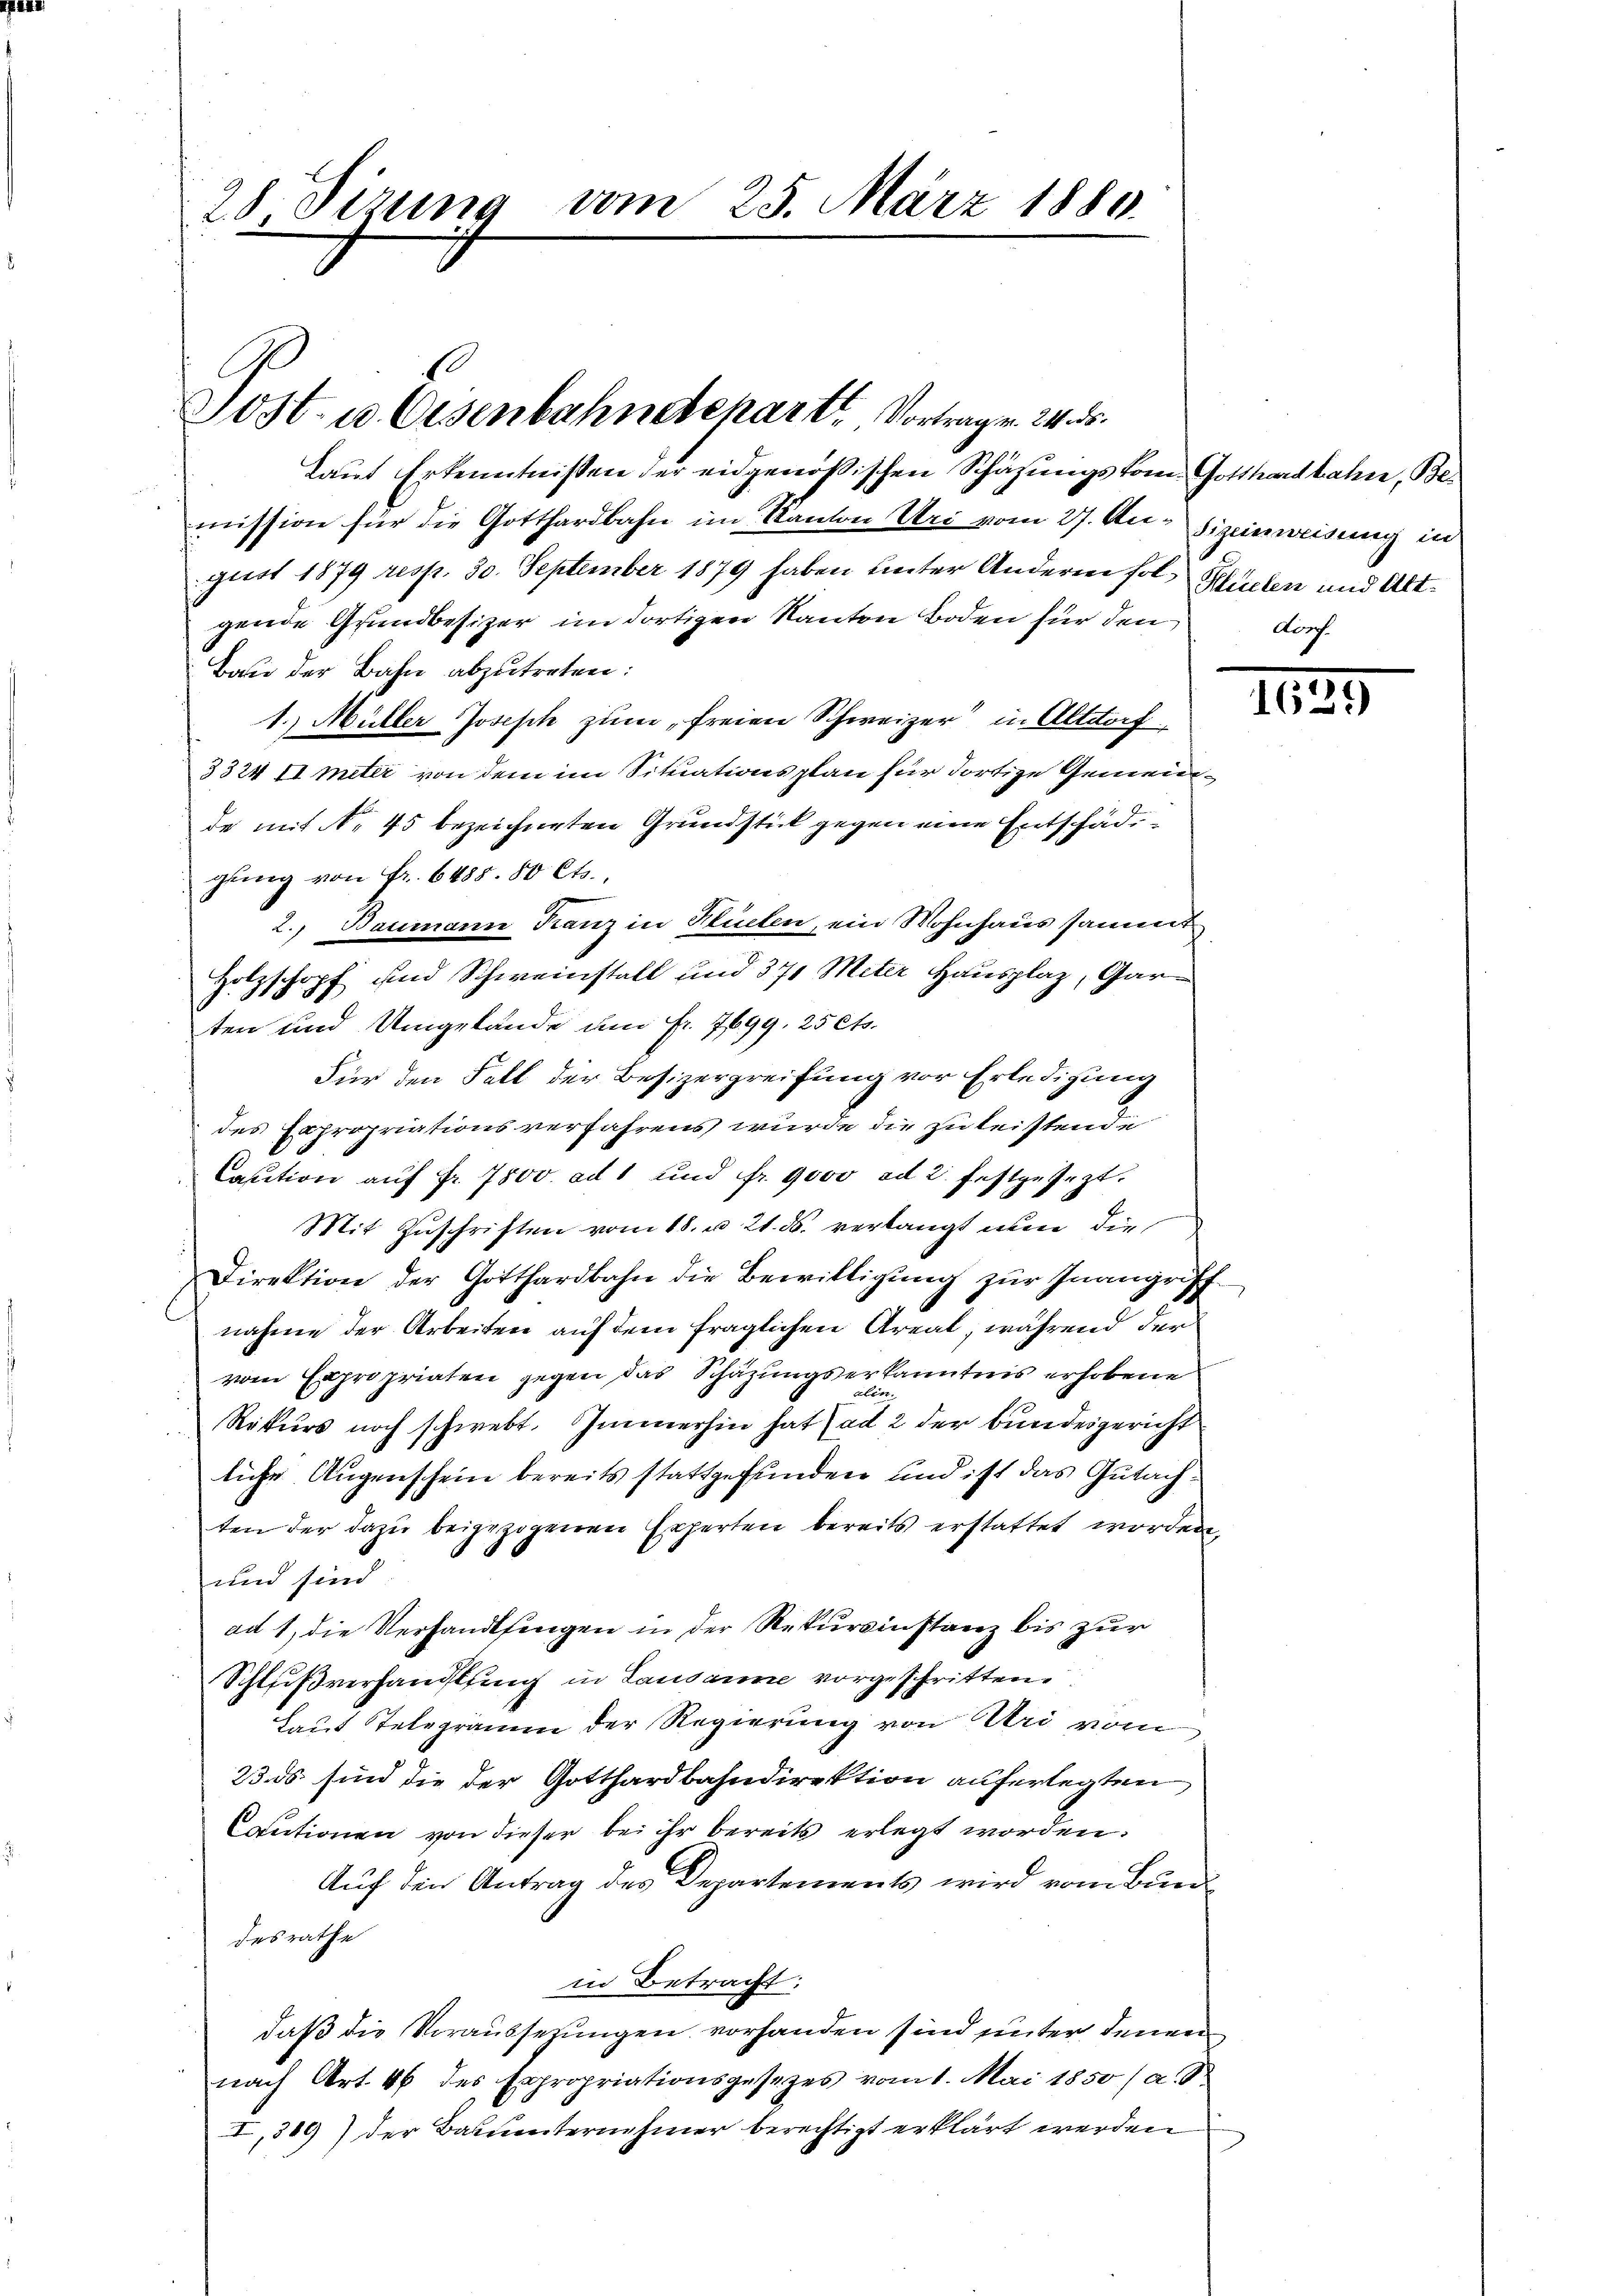
28 Sizung vom 25. März 1880.

Post- u. Eisenbahndchart. Vortrag v. 24. ds.
Laut Erkenntnißen der eidgenößischen Schätzungskom- Gotthardbahne, Be¬

mission für die Gotthardbahn im Kanton Uri vom 27. Au- Sizeinweisung in
gust 1879 resp. 30. September 1879 haben unter Anderen folgende Grundbesizer im dortigen Kanton Boden für den doch
Bau der Bahn abzutreten:
1. Müller Joseph zum freien Schweizer in Altdorf
3324 II meter von dem im Situationsplan für dortige Gemeinde mit No 45 bezeichneten Grundstück gegen eine Entschädgung von Fr. 6488. 80 Cts.,
2. Baumann Kanz in Hueten, ein Wohnhaus sammt
Holzschopf und Schweinstall und 371 Miter Hausplaz, Gar
ten und Umgelände um Fr. 7699, 25 Cts.
Für den Fall der Besizergreifung vor Erledigung
des Expropriationsverfahrens wurde die zu leistende
Caution auf Fr. 7500. ad 1 und fr. 9000 ad 2. festgesezt.
Mit Zŭschriften vom 18. u. 21. ds. verlangt nun die
Direktion der Gotthardbahn die Bewilligŭng zŭr Inangriff-
nahme der Arbeiten auf dem fraglichen Areal, während der
vom Expropriaten gegen das Schäzungserkanntnis erhobene
B
Rekurs noch schwebt. Immerhin hat) ad 2 der Bundesgericht
liche Augenschein bereits stattgefunden und ist das Gutachten der dazu beigezogenen Experten bereits erstattet worden,
und sind
ad 1, die Versandtsingen in der Rekursinstanz bis zur
Schlußverhandlung in Lausanne vorgeschritten.
Laut Telegramm der Regierung von Uri vom
23. ds sind die der Gotthardbahndirektion auferlegten,
Cautionen von dieser bei ihr bereits erlegt worden.
Auf den Antrag des Departements wird vom Bundesrathe
in Betracht:
daß die Voraussezungen vorhanden sind unter denen
nach Art. 46 des Expropriationsgesezes vom 1. Mai 1850 / a.
I,319) der Bauunternehmer berechtigt erklärt werden

Klüelen und Alt-

162